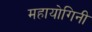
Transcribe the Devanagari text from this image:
महायोगिनी